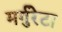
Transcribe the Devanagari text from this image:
मर्गुरेटा